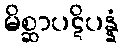
မိစ္ဆာပဋိပန္နံ